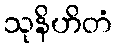
သုနိဟိတံ